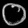
Digit: ၀